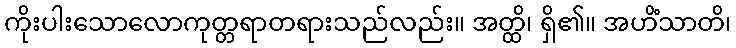
ကိုးပါးသောလောကုတ္တရာတရားသည်လည်း။ အတ္ထိ၊ ရှိ၏။ အဟိံသာတိ၊